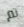
تم